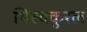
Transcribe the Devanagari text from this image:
थिरुक्कुरल